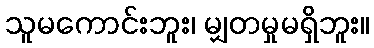
သူမကောင်းဘူး၊ မျှတမှုမရှိဘူး။